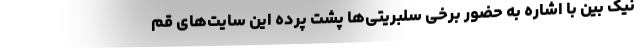
نیک بین با اشاره به حضور برخی سلبریتی‌ها پشت پرده این سایت‌های قم